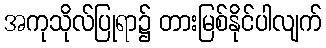
အကုသိုလ်ပြုရာ၌ တားမြစ်နိုင်ပါလျက်